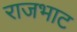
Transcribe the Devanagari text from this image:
राजभाट